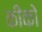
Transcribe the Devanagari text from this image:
कीको